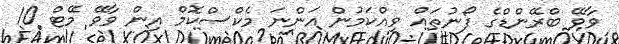
ވާވޭ ބްރޭންޑްގެ ފޯނުތައް ވިއްކަމުން އަންނަ މެކްސްކޮމް އިން ވާވޭ މޭޓް 10